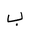
Letter: _ba